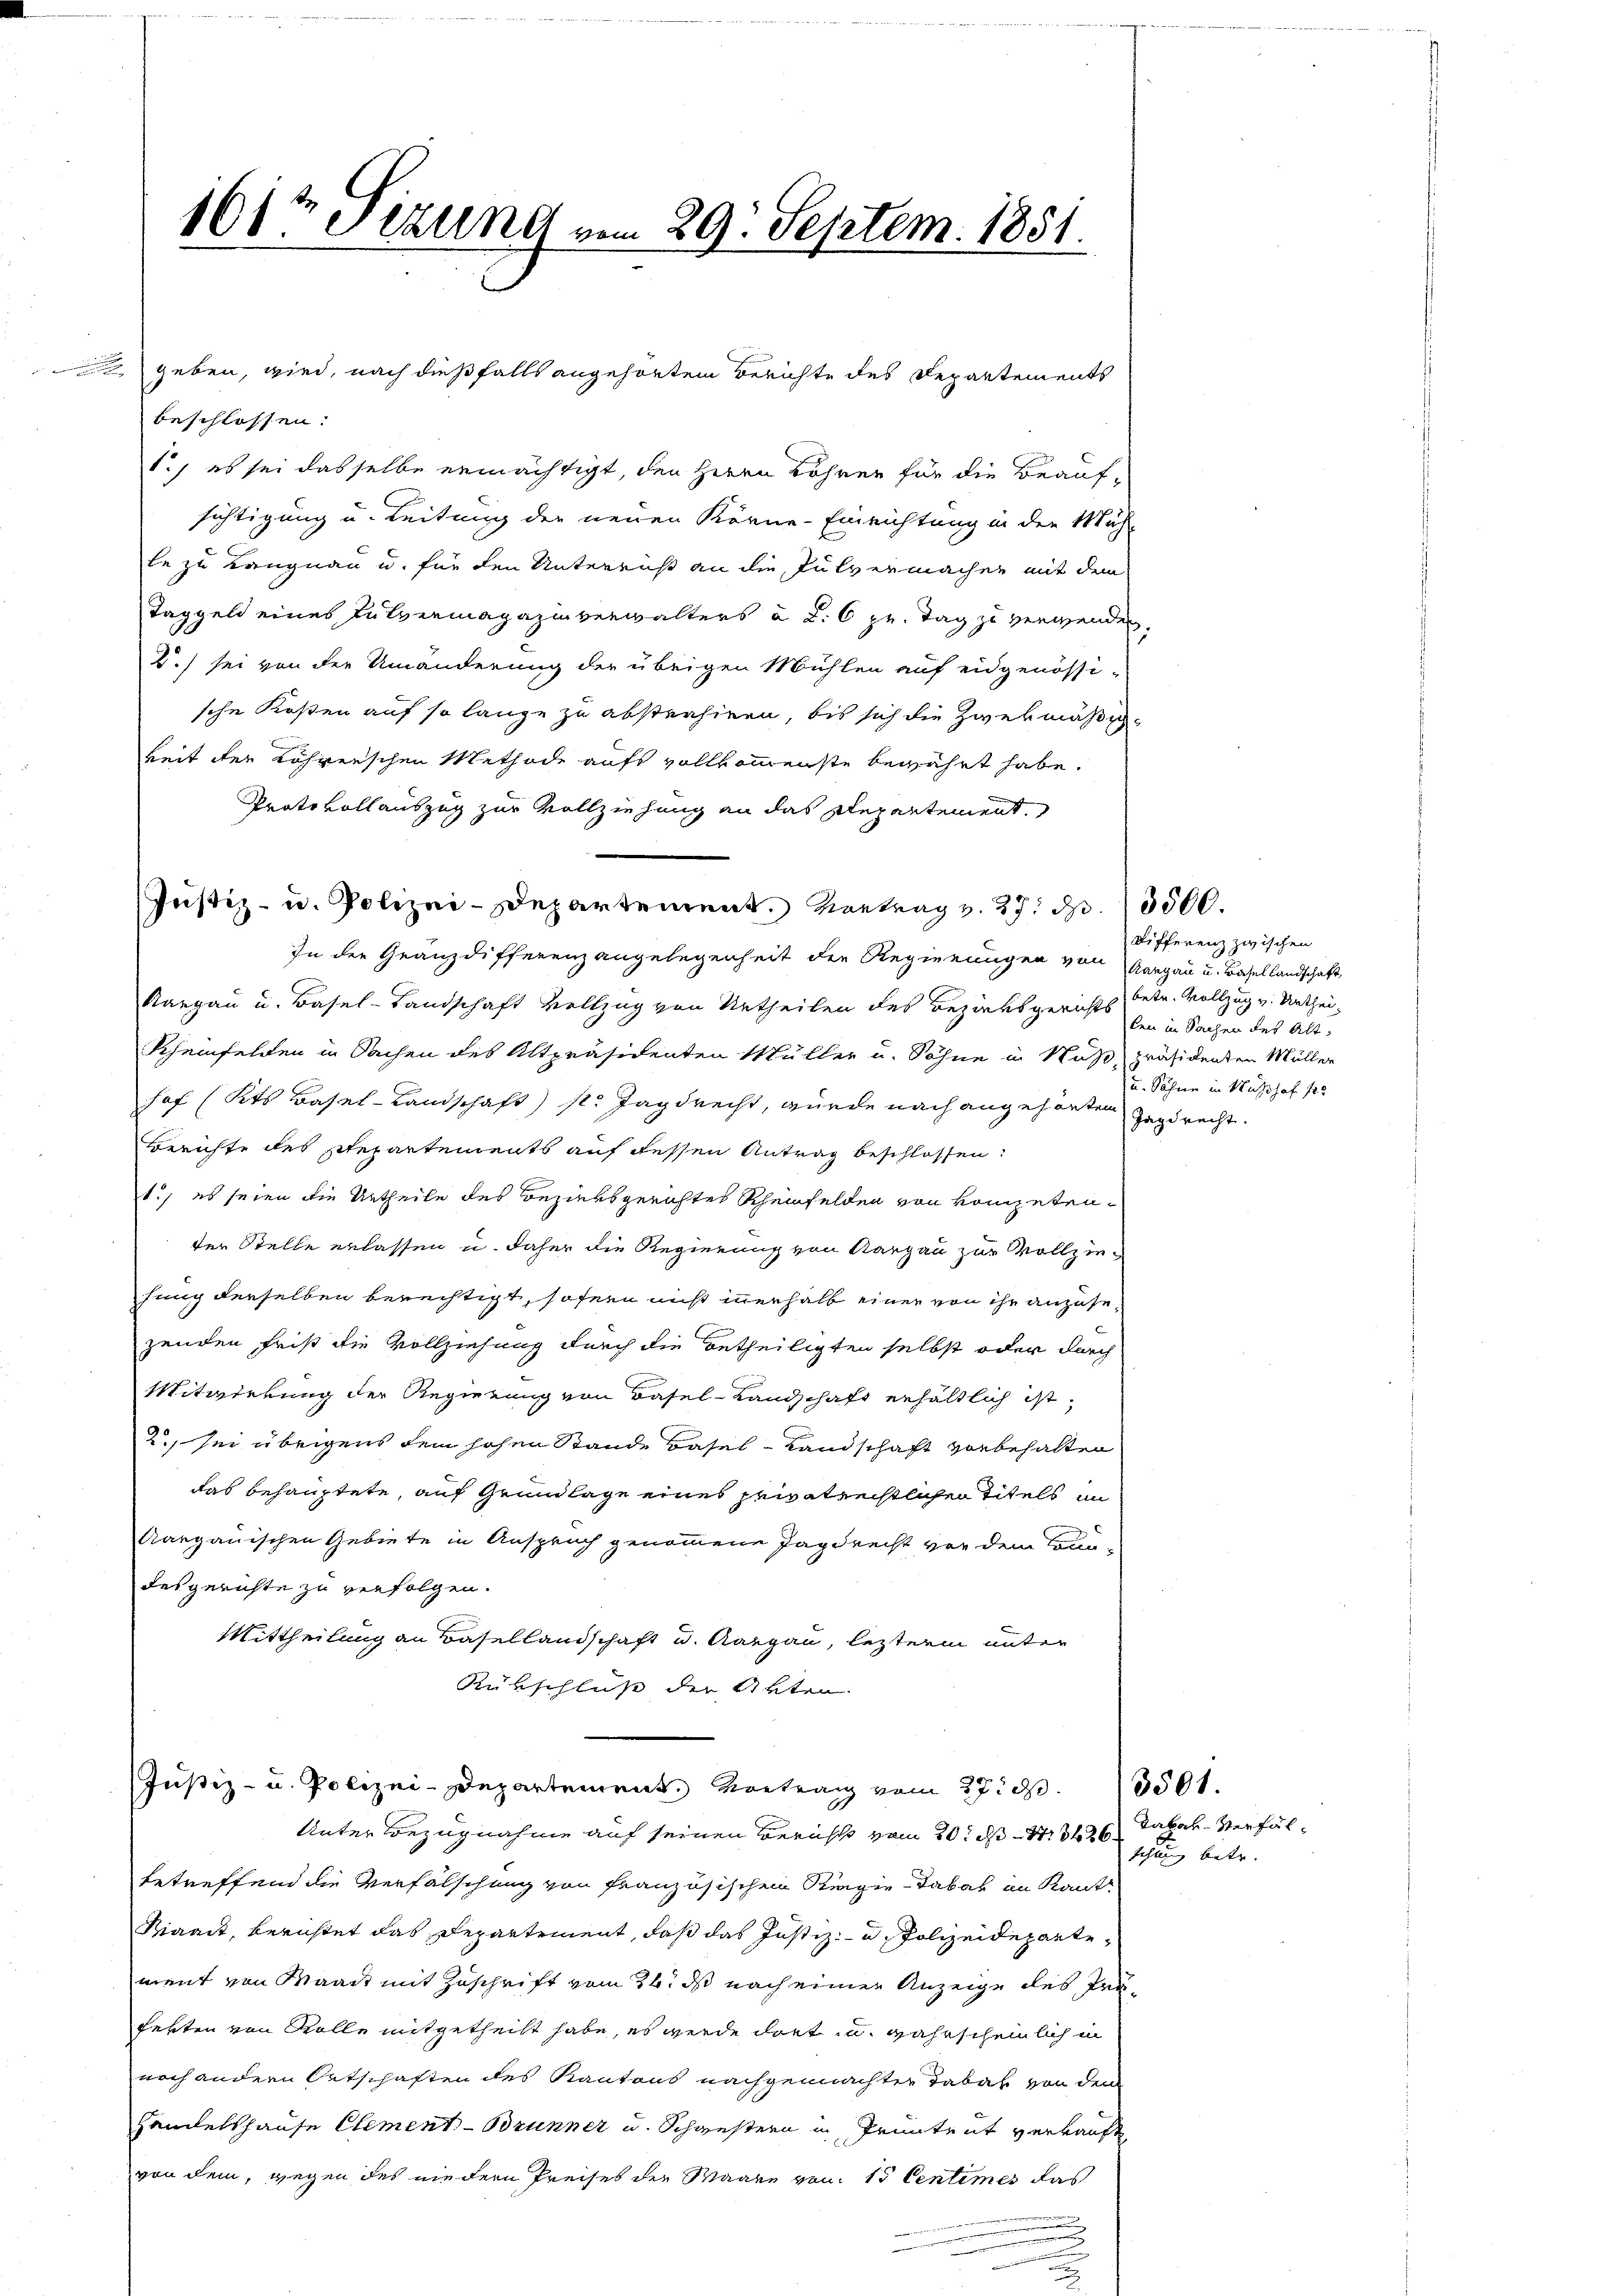
101 Sezung vom 29. Septem. 1851.

geben, wird, nach dießfalls angehörten Berichte des Departements
beschlossen:
1.) es sei dasselbe ermächtigt, den Herrn Bohren für die Beaufsichtigung u. Leitung der neuen Körne-Einrichtung in den Müh-
le zu Langnen u. für den Unterricht an die Pulvermacher mit dem
Taggeld eines Futvermagazinverwalters à d. 6 pr. Tag zu verwenden,
2.) sei von der Umänderung der übrigen Mühlen auf eidgenössische Kosten auf so lange zu abstrahiren, bis sich die Zwekmäßikeit der Löhnerschen Methode aufs vollkommenste bewährt habe.
Protokollauszug zur Vollziehung an das Departement,
Justiz- u. Polizei-Departement. Vortrag v. 27. pp. 13500.
In der Gränzdifferenzangelegenheit der Regierungen von Aargau u. Basellandschaft
Aargau u. Basel-Landschaft vollzug von Urtheilen des Bezirksgerichts betr. Vollzug v. Urthei-
Rheinfelden in Sachen des Altpräsidenten Müller u. Söhne in Nuß, präsidenten Müller
hof (Kts Basel-Landschaft) s. Jagdrecht, wurde nach angehörten Jagdrecht.
Berichte des Stepartements auf dessen Antrag beschlossen:
1., es seien die Urtheile des Bezirksgerichtes Scheinfelden von kompetender Stelle erlassen u. daher die Regierung von Aargau zur Vollziefung derselben berechtigt, sofern nicht innerhalb einer von ihr anzusezenden Frist die Vollziehung durch die Betheiligten selbst oder durch
Mitarderung der Regierung von Basel-Landschaft erhältlich ist,
2., sei übrigens dein hohen Stande Basel-Landschaft vorbehalten
das behauptete, auf Grundlage eines privatrechtlichen Titels im
Aargauischen Gebiete in Anspruch genommene Jagdrecht vor dem Brundesgerichte zu verfolgen.
Mittheilung an Basellandschaft und Aargau, lezterm unter
Rükschluß der Akten. |
Justiz- u. Polizei-Departement. Vortrag vom 27. d. 3501.
Unter Bezugnahme auf seinen Berichts vom 20t ds 13426 Rabal-Verfälbetreffend die Verfälschung von französischen Regie - Tabak in Kant
Kiaact, berichtet das Departement, daß das Justiz- u. Polizeidepartement von Waadt mit Zuschrift vom 26. ds nach einer Anzeige des Präfekten von Rolle mitgetheilt habe, es wurde dort u. wahrscheinlich in
noch andern Ortschaften des Kantons nachgemachter Tabak von dem
Handelshause Clement-Brunner u. Schwestern in Trüntent verkauft
von dem, wegen des niedern Preises der Waare von 15 Centimes das

Differenz zwischen
len in Sachen des Alt
u. Söhne in Nußshof 12

schung betr.